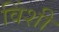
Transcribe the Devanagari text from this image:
विंशी